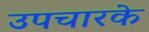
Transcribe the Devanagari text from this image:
उपचारके